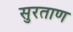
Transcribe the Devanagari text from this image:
सुरताण